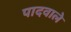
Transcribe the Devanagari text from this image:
पादवाले